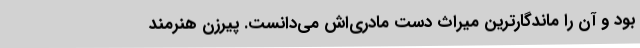
بود و آن را ماندگارترین میراث دست مادری‌اش می‌دانست. پیرزن هنرمند